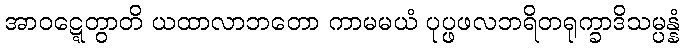
အာဝဋ္ဋေတွာတိ ယထာလာဘတော ကာမမယံ ပုပ္ဖဖလဘရိတရုက္ခာဒိသမ္ပန္နံ